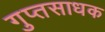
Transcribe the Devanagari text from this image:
गुप्तसाधक